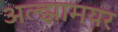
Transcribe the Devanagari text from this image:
अल्झामयर